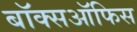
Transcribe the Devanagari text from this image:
बॉक्सऑफिस